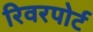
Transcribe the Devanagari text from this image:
रिवरपोर्ट